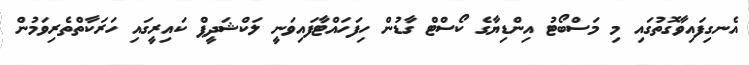
އެނގިފައިވާގޮތުގައި މި މަސްބޯޓު އިންޑިޔާގެ ކޯސްޓް ގާޑުން ހިފަހައްޓާފައިވަނީ ލަކްޝަދީޕް ކައިރީގައި ހަރަކާތްތެރިވަމުން